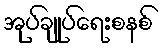
အုပ်ချုပ်ရေးစနစ်